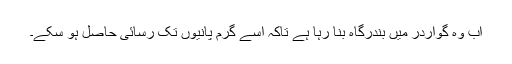
اب وہ گواردر میں بندرگاہ بنا رہا ہے تاکہ اسے گرم پانیوں تک رسائی حاصل ہو سکے۔